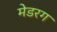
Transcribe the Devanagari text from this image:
मेडरग